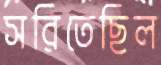
সরিতেছিল